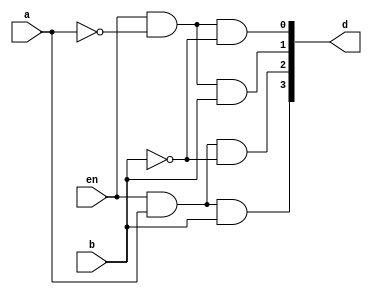
module decoder_2x4(en,a,b,d);
  input en;
  input a,b;
  output [3:0]d;
  assign d[0]=(en & ~a & ~b);
  assign d[1]=(en & ~a & b);
  assign d[2]=(en & a & ~b);
  assign d[3]=(en & a & b);
endmodule